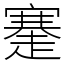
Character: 䞿